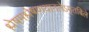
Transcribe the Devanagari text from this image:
श्लेषमश्लेषणयानलेऽमृतबिले